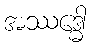
အဿဒ္ဓေါ